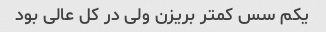
یکم سس کمتر بریزن ولی در کل عالی بود